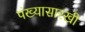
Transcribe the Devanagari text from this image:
पंख्यासारखी